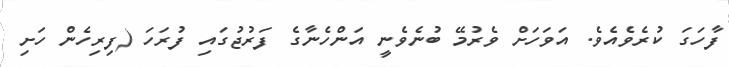
ފާހަގަ ކުރެވެއެވެ. އަވަހަށް ވެރުމޭ ބުނެވެނީ އަންހެނާގެ ފަރުޖުގައި ފުރަހަ (ފިރިހެން ހަށި